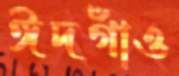
ঈদগাঁও